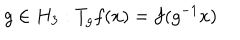
g \in H _ { 3 } : T _ { g } f ( x ) = f ( g ^ { - 1 } x )